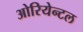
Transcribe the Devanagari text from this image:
ओरियेन्टल